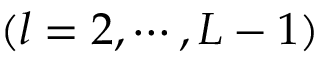
( l = 2 , \cdots , L - 1 )